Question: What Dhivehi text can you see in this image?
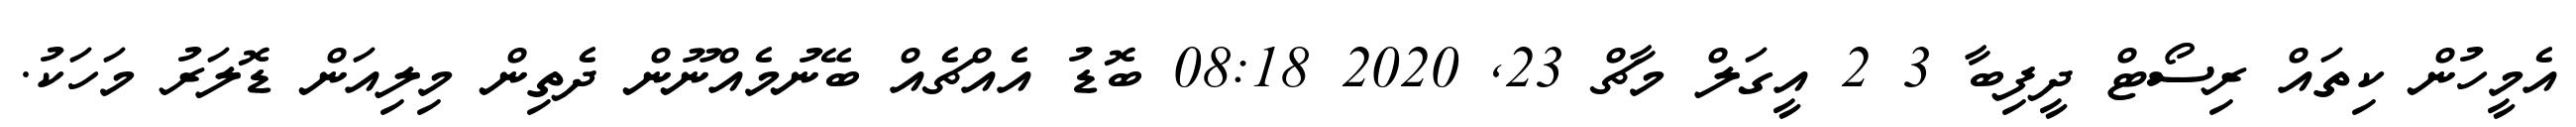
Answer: އެމީހުން ކިތައް ރިސޯޓް ދީފިބާ 3 2 އީގަލް މާޗް 23, 2020 08:18 ބޮޑު އެއްޗެއް ބޭނުމެއްނޫން ދެތިން މިލިއަން ޑޮލަރު މަހަކު.